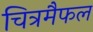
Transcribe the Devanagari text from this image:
चित्रमैफल